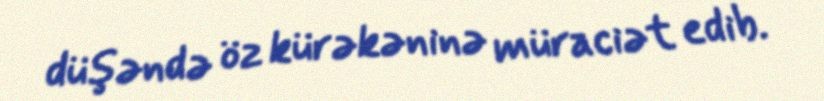
düşəndə öz kürəkəninə müraciət edib.